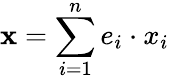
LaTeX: {\textbf{x}}=\sum_{i=1}^{n}e_{i}\cdot x_{i}